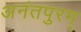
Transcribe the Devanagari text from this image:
अनंतपुरम्